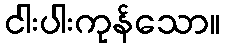
ငါးပါးကုန်သော။